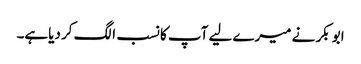
ابو بکر نے میرے لیے آپ کا نسب الگ کر دیاہے۔